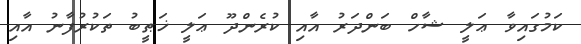
ކަމުގައިވާ ޢަލީ ޝާހް ބަންދަރު އާއި ކުރެންދޫ ޢަލީ ޚަޠީބު ތަކުރުފާނު އާއި